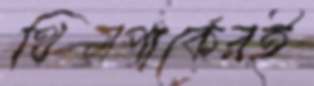
থিমপার্কেরই